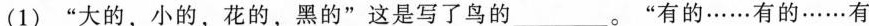
(1)”大的，小的，花的，黑的”这是写了鸟的___。”有的……有的……有 _。”有的……有的……有